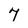
Character: 7